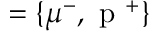
= \lbrace \mu ^ { - } , \mathrm { ~ p ~ } ^ { + } \rbrace